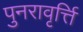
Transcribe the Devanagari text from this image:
पुनरावृर्त्ति